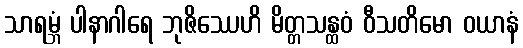
သာရမ္ဘံ ပါနာဂါရေ ဘုဇိဿေဟိ မိတ္တသန္ထဝံ ဝီသတိမော ဝယာနံ